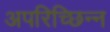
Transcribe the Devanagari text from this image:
अपरिच्छिन्न